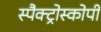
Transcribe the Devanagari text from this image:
स्पैक्ट्रोस्कोपी